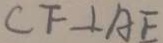
C F \bot A E